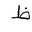
Letter: _za